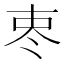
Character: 栆